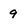
Character: 9